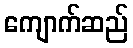
ကျောက်ဆည်